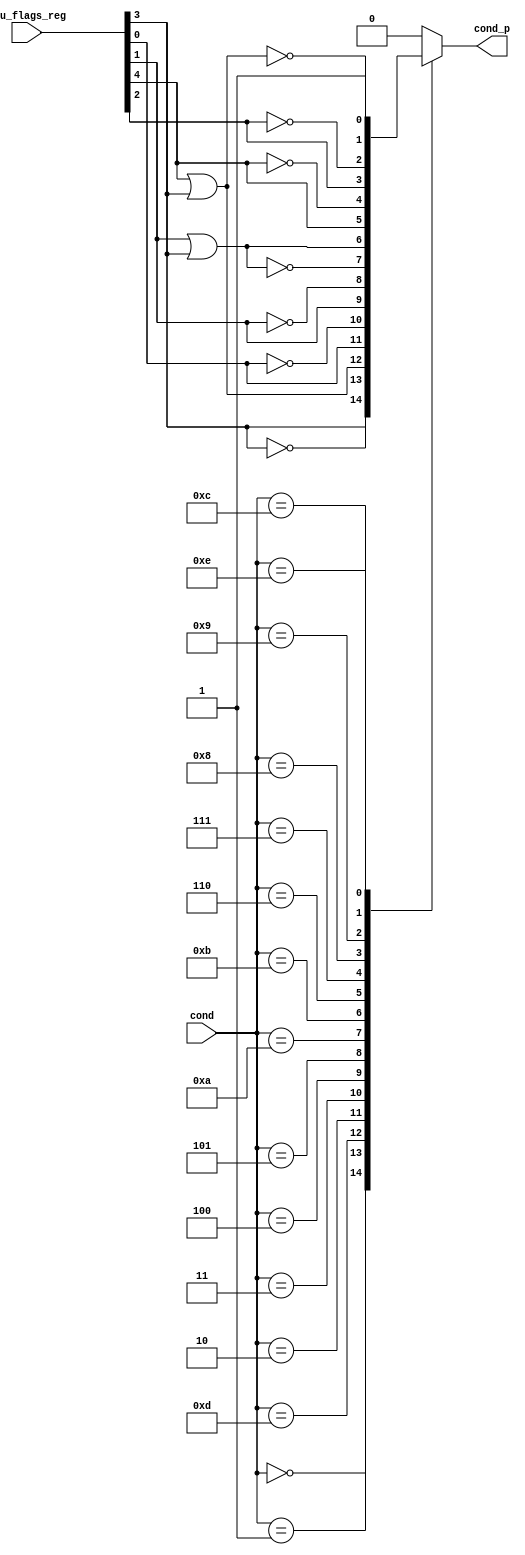
`timescale 1ns / 1ps
//////////////////////////////////////////////////////////////////////////////////
// Company: 
// 
// Design Name: 
// Module Name:    flag_cond 
// Project Name: 
// Target Devices: 
// Tool versions: 
// Description: 
//
// Dependencies: 
//
// Revision: 
// Revision 0.01 - File Created
// Additional Comments: 
//
//////////////////////////////////////////////////////////////////////////////////
module flag_cond(
    input [3:0] cond,
    input [4:0] alu_flags_reg,
    output reg cond_p
    );

  localparam EQ = 4'b0000;
  localparam NE = 4'b0001;
  localparam CS = 4'b0010;
  localparam CC = 4'b0011;
  localparam HI = 4'b0100;
  localparam LS = 4'b0101;
  localparam GT = 4'b0110;
  localparam LE = 4'b0111;
  localparam FS = 4'b1000;
  localparam FC = 4'b1001;
  localparam LO = 4'b1010;
  localparam HS = 4'b1011;
  localparam LT = 4'b1100;
  localparam GE = 4'b1101;
  localparam UC = 4'b1110;
  
  wire n, z, f, l, c;
  assign {n,z,f,l,c} = alu_flags_reg;

  always @(cond, z,n,c,l,f)
    case (cond)
      EQ: cond_p = z;
      NE: cond_p = ~z;
      GE: cond_p = n | z;
      CS: cond_p = c;
      CC: cond_p = ~c;
      HI: cond_p = l;
      LS: cond_p = ~l;
      LO: cond_p = ~(l | z);
      HS: cond_p = l | z;
      GT: cond_p = n;
      LE: cond_p = ~n;
      FS: cond_p = f;
      FC: cond_p = ~f;
      LT: cond_p = ~(n | z);
      UC: cond_p = 1'b1;
      default: cond_p = 1'b0;
    endcase
endmodule